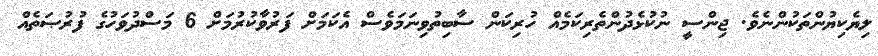
ލިޔެކިޔުންތަކުންނެވެ. ޖިންސީ ނުކުޅެދުންތެރިކަމެއް ހުރިކަން ސާބިތުވިނަމަވެސް އެކަމަށް ފަރުވާކުރުމަށް 6 މަސްދުވަހުގެ ފުރުޞަތެއް